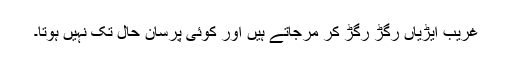
غریب ایڑیاں رگڑ رگڑ کر مرجاتے ہیں اور کوئی پُرسانِ حال تک نہیں ہوتا۔